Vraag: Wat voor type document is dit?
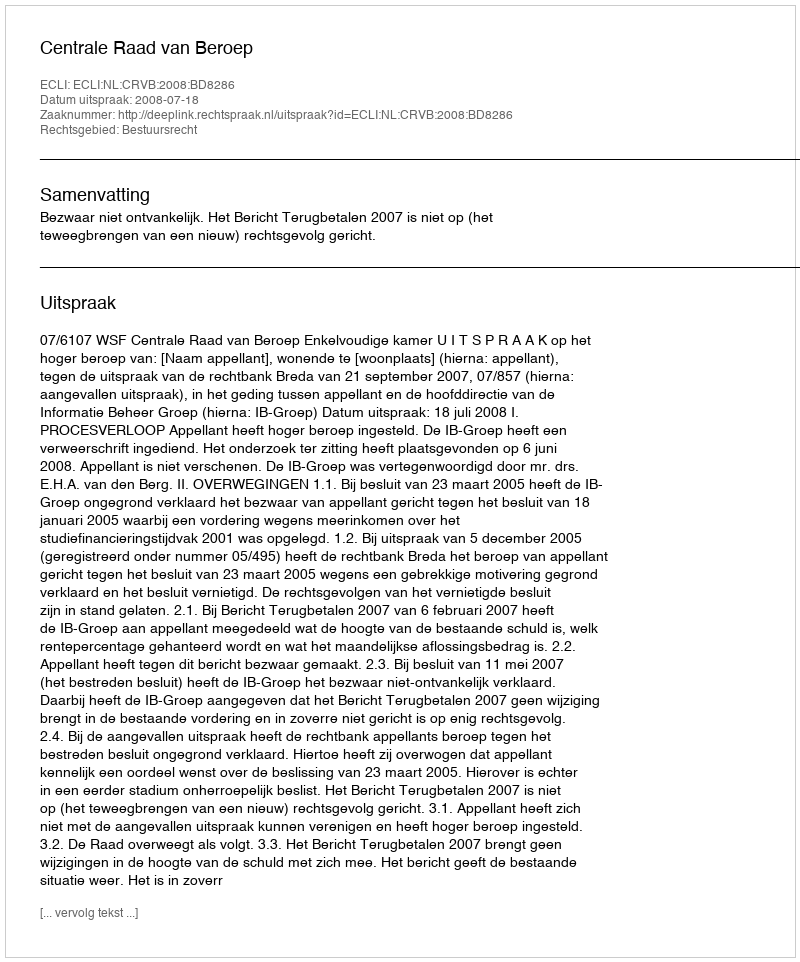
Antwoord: Uitspraak